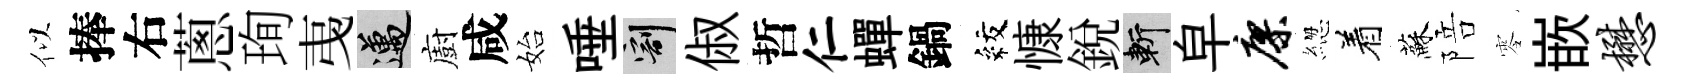
似捧右蔥珣𢎯邁廚咸始唾割俶哲仁蟬鍋紋慷銳斬皁廖緫着蘇陪零嵌懋